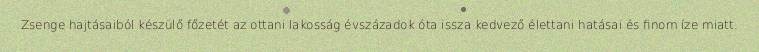
Zsenge hajtásaiból készülő főzetét az ottani lakosság évszázadok óta issza kedvező élettani hatásai és finom íze miatt.